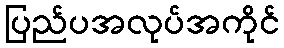
ပြည်ပအလုပ်အကိုင်